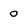
Character: o